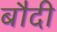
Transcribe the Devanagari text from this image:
बौदी